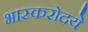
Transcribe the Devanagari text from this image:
भास्करोदये